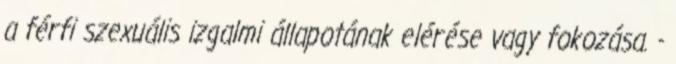
a férfi szexuális izgalmi állapotának elérése vagy fokozása. -